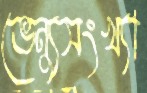
ভেন্যুসংখ্যা